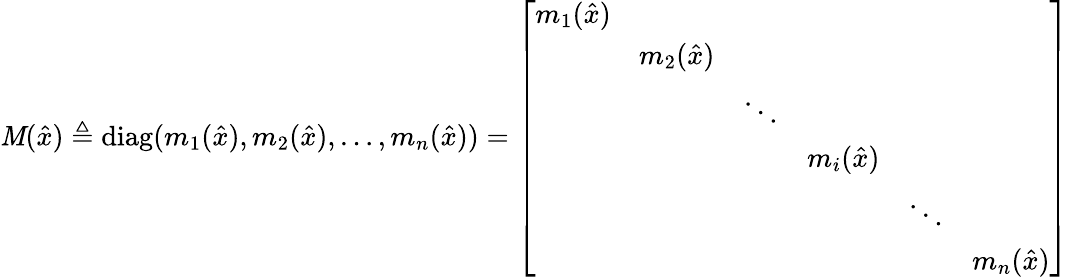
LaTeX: \mathit{M}({\hat{{x}}})\triangleq\operatorname{diag}(m_{1}({\hat{{x}}}),m_{2}({\hat{{x}}}),\ldots,m_{n}({\hat{{x}}}))={\left[\begin{array}{llllll}{m_{1}({\hat{x}})}&&&&&\\ &{m_{2}({\hat{x}})}&&&&\\ &&{\ddots}&&&\\ &&&{m_{i}({\hat{x}})}&&\\ &&&&{\ddots}&\\ &&&&&{m_{n}({\hat{x}})}\end{array}\right]}